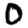
Digit: 0